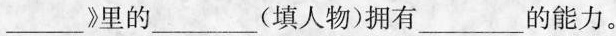
___》里的___(填人物)拥有___的能力。